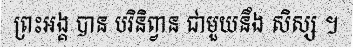
ព្រះអង្គ បាន បរិនិព្វាន ជាមួយនឹង សិស្ស ។